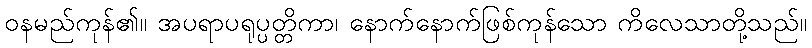
ဝနမည်ကုန်၏။ အပရာပရုပ္ပတ္တိကာ၊ နောက်နောက်ဖြစ်ကုန်သော ကိလေသာတို့သည်။